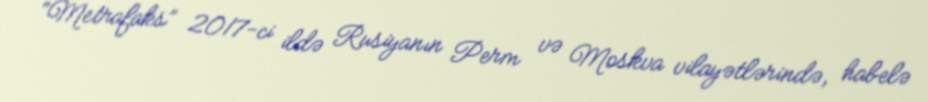
“Metrafaks” 2017-ci ildə Rusiyanın Perm və Moskva vilayətlərində, habelə